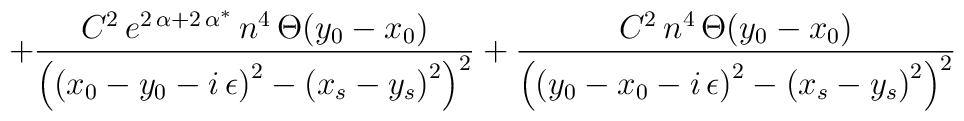
+\frac{C^{2}\, e^{2\, \alpha +2\, \alpha ^{*}}\, n^{4}\, \Theta (y_{0}-x_{0})}{\left( \left( x_{0}-y_{0}-i\, \epsilon \right) ^{2}-\left(x_{s}-y_{s}\right) ^{2}\right) ^{2}}+\frac{C^{2}\, n^{4}\, \Theta (y_{0}-x_{0})}{\left( \left( y_{0}-x_{0}-i\, \epsilon \right) ^{2}-\left(x_{s}-y_{s}\right) ^{2}\right) ^{2}}